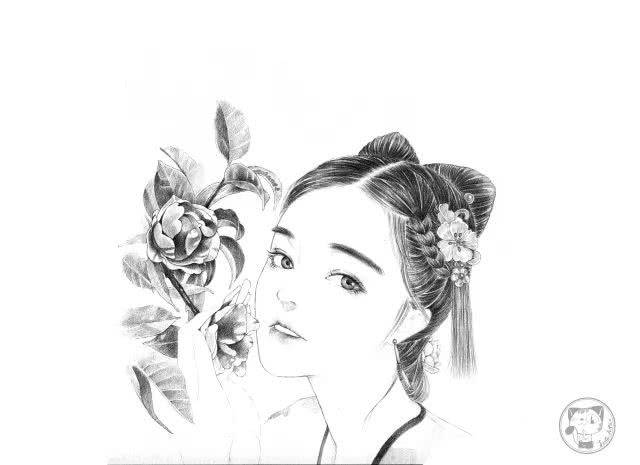
谁向若耶溪上，倩美人西去，麋鹿姑苏。